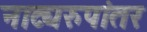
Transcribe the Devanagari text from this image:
नाट्यरुपांतर